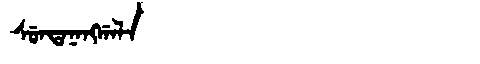
Manchu: ᠰᡠᠨᡨᠠᠨᠠᠩᡤᠠᠯᠠ
Romanization: SUNTANANGGALA